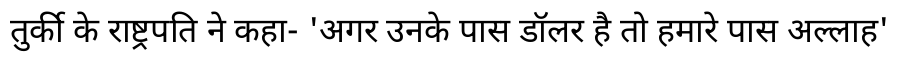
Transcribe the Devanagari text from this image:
तुर्की के राष्ट्रपति ने कहा- 'अगर उनके पास डॉलर है तो हमारे पास अल्लाह'